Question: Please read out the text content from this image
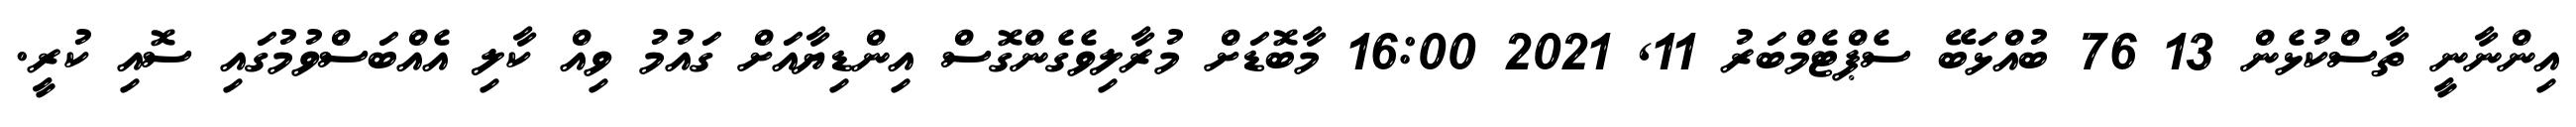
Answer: އިންނާނީ ތާސްކުޅެން 13 76 ބުއްޅަބޭ ސެޕްޓެމްބަރު 11, 2021 16:00 މާބޮޑަށް މުރާލިވެގެންގޮސް އިންޑިޔާއަށް ގައުމު ވިއް ކާލި އެއްބަސްވުމުގައި ސޮއި ކުރީ.